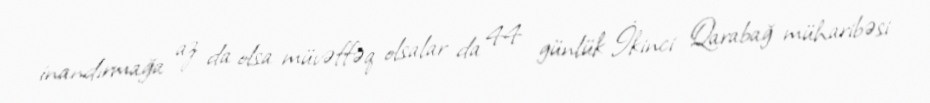
inandırmağa az da olsa müvəffəq olsalar da 44 günlük İkinci Qarabağ müharibəsi